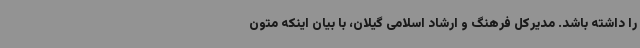
را داشته باشد. مدیرکل فرهنگ و ارشاد اسلامی گیلان، با بیان اینکه متون